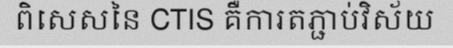
ពិសេសនៃ CTIS គឺការតភ្ជាប់វិស័យ